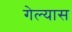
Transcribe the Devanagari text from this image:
गेल्‍यास